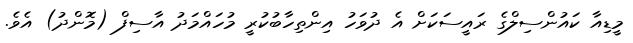
މީޑިއާ ކައުންސިލްގެ ރައީސަކަށް އެ ދުވަހު އިންތިހާބުކުރީ މުހައްމަދު އާސިފް (މޮންދު) އެވެ.